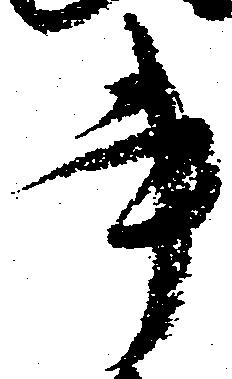
書